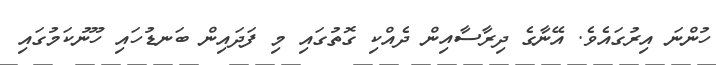
ހުންނަ އިރުގައެވެ. އޭނާގެެ ދިރާސާއިން ދެއްކި ގޮތުގައި މި ފަދައިން ބަނޑުހައި ހޫނުކަމުގައި